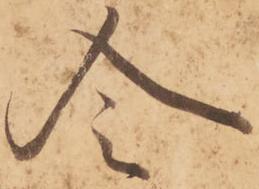
令